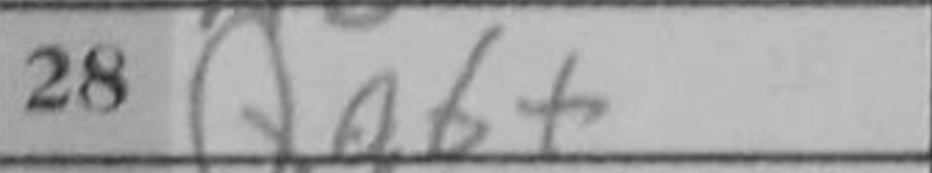
Transcription: Qa6+